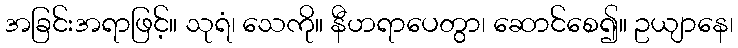
အခြင်းအရာဖြင့်။ သုရံ၊ သေကို။ နီဟရာပေတွာ၊ ဆောင်စေ၍။ ဥယျာနေ၊